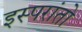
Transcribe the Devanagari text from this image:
इस्परांतो